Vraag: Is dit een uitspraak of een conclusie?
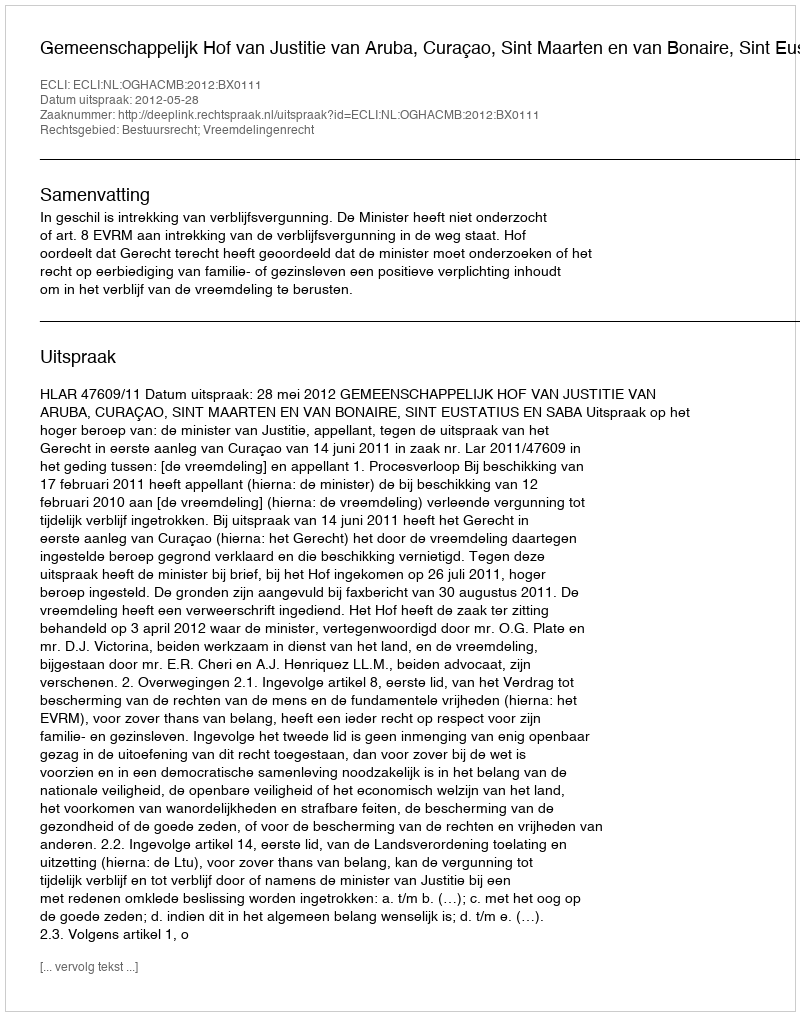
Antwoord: Uitspraak